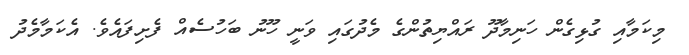
މިކަމާއި ގުޅިގެން ހަނިމާދޫ ރައްޔިތުންގެ މެދުގައި ވަނީ ހޫނު ބަހުސެއް ފެށިފައެވެ. އެކަމާމެދު